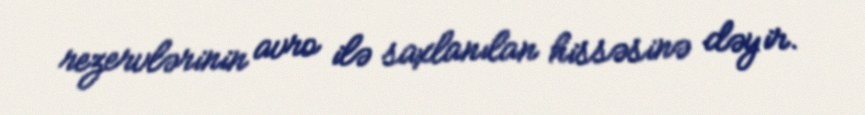
rezervlərinin avro ilə saxlanılan hissəsinə dəyir.